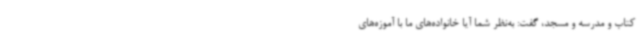
کتاب و مدرسه و مسجد، گفت: به‌نظر شما آیا خانواده‌های ما با آموزه‌های